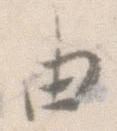
由